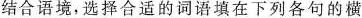
结合语境，选择合适的词语填在下列各句的横